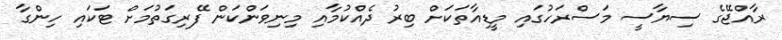
ރާއްޖޭގެ ސިޔާސީ މަސްރަހުގައި މީޑިއާތަކަށް ބިރު ދެެއްކުމާއި މިނިވަންކަން ފޭރިގަތުމަށް ޓަކައި ހިންގާ